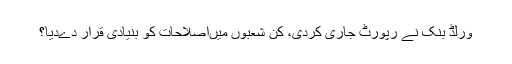
ورلڈ بنک نے رپورٹ جاری کردی، کن شعبوں میں‌اصلاحات کو بنیادی قرار دےدیا؟